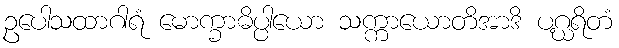
ဥပေါသထာဂါရံ မောက္ခာဓိပ္ပါယော သက္ကာယောတိအာဒိ ပဂ္ဃရိတံ